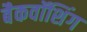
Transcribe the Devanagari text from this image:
बैकवॉशिंग